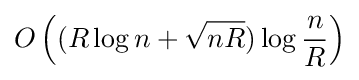
O\left((R\log n+{\sqrt {nR}})\log {\frac {n}{R}}\right)